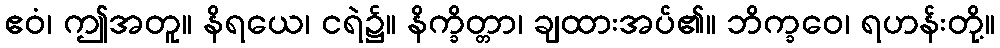
ဧဝံ၊ ဤအတူ။ နိရယေ၊ ငရဲ၌။ နိက္ခိတ္တာ၊ ချထားအပ်၏။ ဘိက္ခဝေ၊ ရဟန်းတို့။